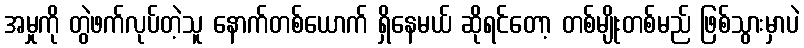
အမှုကို တွဲဖက်လုပ်တဲ့သူ နောက်တစ်ယောက် ရှိနေမယ် ဆိုရင်တော့ တစ်မျိုးတစ်မည် ဖြစ်သွားမှာပဲ